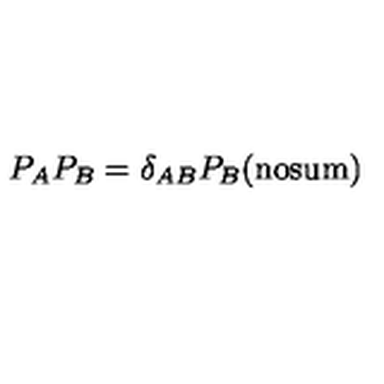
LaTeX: P _ { A } P _ { B } = \delta _ { A B } P _ { B } \mathrm { ( n o s u m ) }